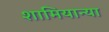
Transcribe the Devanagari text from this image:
शामियान्या